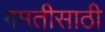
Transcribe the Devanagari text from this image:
गमतीसाठी